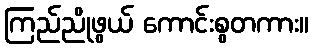
ကြည်ညိုဖွယ် ကောင်းစွတကား။